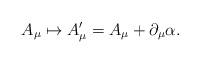
LaTeX: \begin{align*}A_\mu \mapsto A'_\mu = A_\mu + \partial_\mu\alpha.\end{align*}